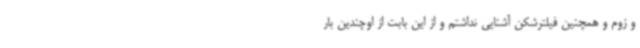
و زوم و همچنین فیلترشکن آشنایی نداشتم و از این بابت از اوچندین بار